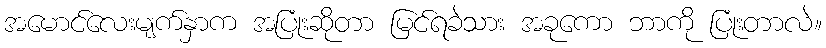
အမောင်လေးမျက်နှာက အပြုံးဆိုတာ မြင်ရခဲသား အခုကော ဘာကို ပြုံးတာလဲ။